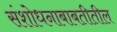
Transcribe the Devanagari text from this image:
संशोधनाबाबतीतील